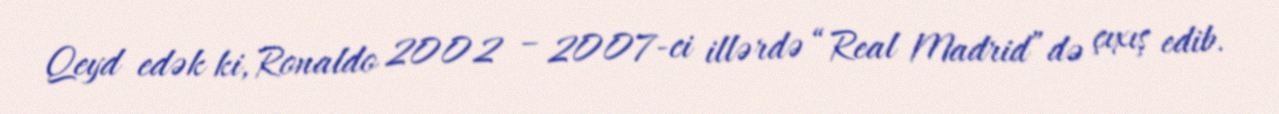
Qeyd edək ki, Ronaldo 2002 – 2007-ci illərdə “Real Madrid”də çıxış edib.